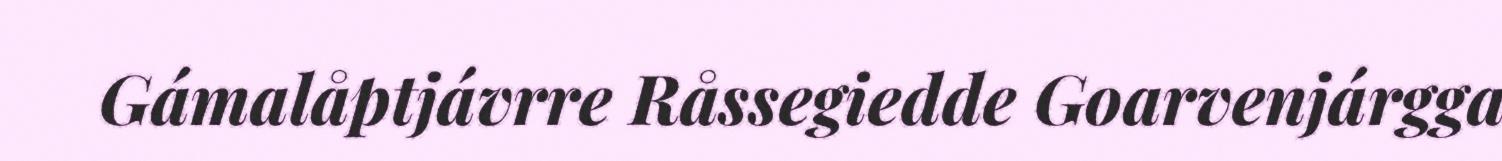
Gámalåptjávrre Råssegiedde Goarvenjárgga